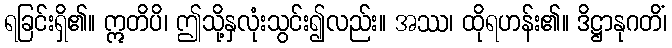
ရခြင်းရှိ၏။ ဣတိပိ၊ ဤသို့နှလုံးသွင်း၍လည်း။ အဿ၊ ထိုရဟန်း၏။ ဒိဋ္ဌာနုဂတိံ၊